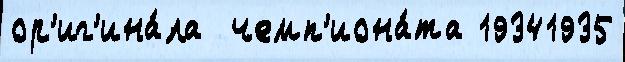
ор'иг'ина́ла  чемп'иона́та 19341935